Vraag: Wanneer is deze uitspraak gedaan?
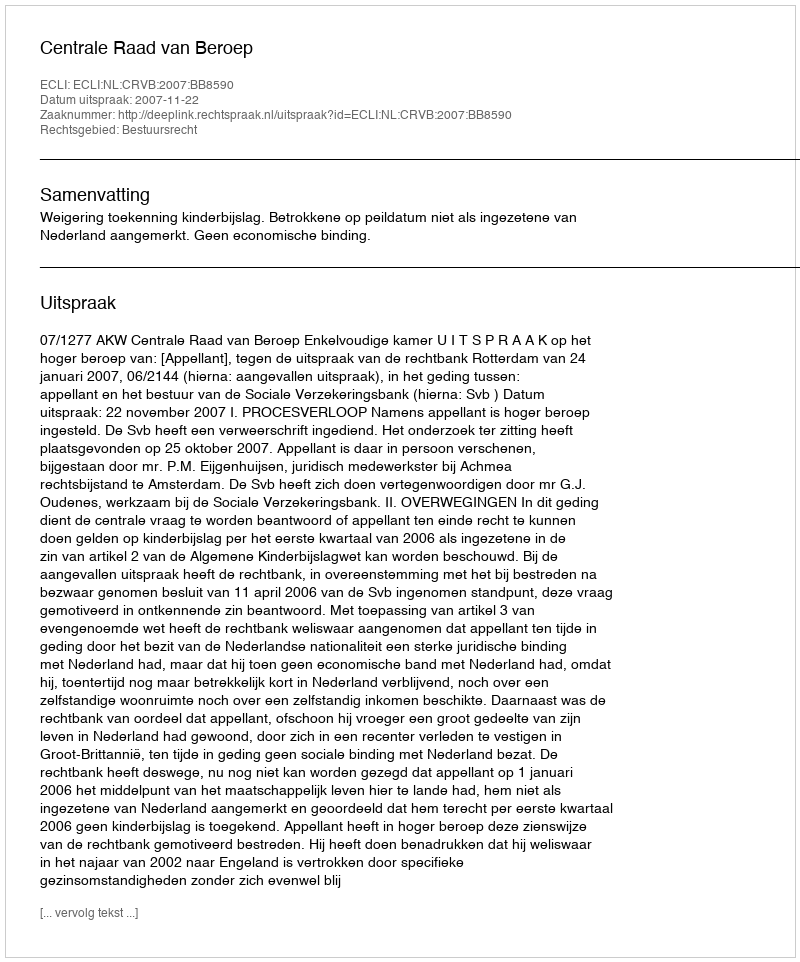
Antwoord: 2007-11-22